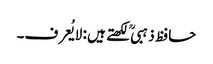
حافظ ذہبی ؒ لکھتے ہیں : لایُعرف۔